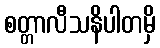
စတ္တာလီသနိပါတမှိ